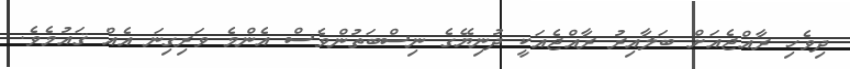
ދިވެހި ރާއްޖެއަށް ބަލާއިރު ރާއްޖެއަކީ ދުނިޔޭގެ ނިސްބަތުންވެސް އެންމެ ވަރިގިނަ އެއް ޤައުމެވެ.